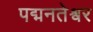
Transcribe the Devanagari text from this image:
पद्मनतेश्वर